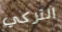
التركي